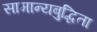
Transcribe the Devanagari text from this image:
सामान्यबुद्धिता